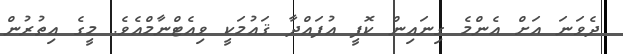
ދެވަނަ އަށް އެންމެ ގިނައިން ކޮފީ އުފައްދާ ޤައުމަކީ ވިއެޓްނާމްއެވެ. މީގެ އިތުރުން